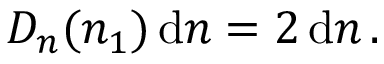
D _ { n } ( n _ { 1 } ) \operatorname { d } \! n = 2 \operatorname { d } \! n \, .